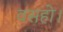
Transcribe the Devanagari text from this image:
वसहो।